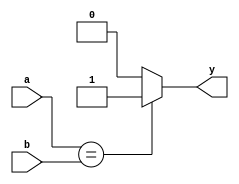
`timescale 1ns / 1ps
//////////////////////////////////////////////////////////////////////////////////
// Company: 
// Engineer: 
// 
// Design Name: 
// Module Name: eqcmp
// Project Name: 
// Target Devices: 
// Tool Versions: 
// Description: 
// 
// Dependencies: 
// 
// Revision:
// Revision 0.01 - File Created
// Additional Comments:
// 
//////////////////////////////////////////////////////////////////////////////////


module eqcmp(
	input [31:0] a,b,
	output y
    );
	assign y = (a == b) ? 1 : 0;
endmodule